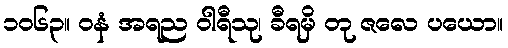
၁၀၆၃။ ဝနံ အရည ဝါရီသု၊ ခီရမှိ တု ဇလေ ပယော။